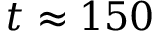
t \approx 1 5 0